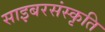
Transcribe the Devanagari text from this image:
साइबरसंस्कृति